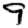
Digit: 9